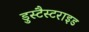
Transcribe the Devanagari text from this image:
डुस्टैस्टराइड